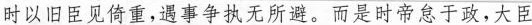
时以旧臣见倚重，遇事争执无所避。而是时帝怠于政，大臣